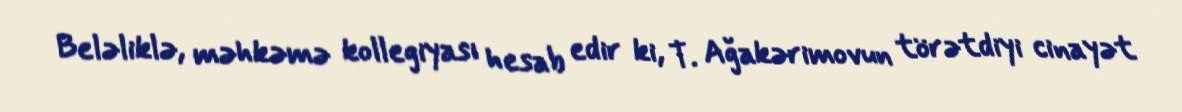
Beləliklə, məhkəmə kollegiyası hesab edir ki, T. Ağakərimovun törətdiyi cinayət